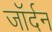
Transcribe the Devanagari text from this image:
जॉर्दन